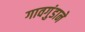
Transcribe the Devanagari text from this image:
गावगुंडाने